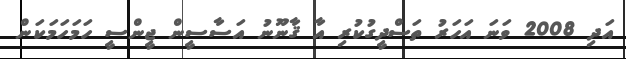
އަދި 2008 ވަނަ އަހަރު ތަސްދީގުކުރި އާ ޤާނޫނު އަސާސީން ޖީންސީ ހަމަހަމަކަން